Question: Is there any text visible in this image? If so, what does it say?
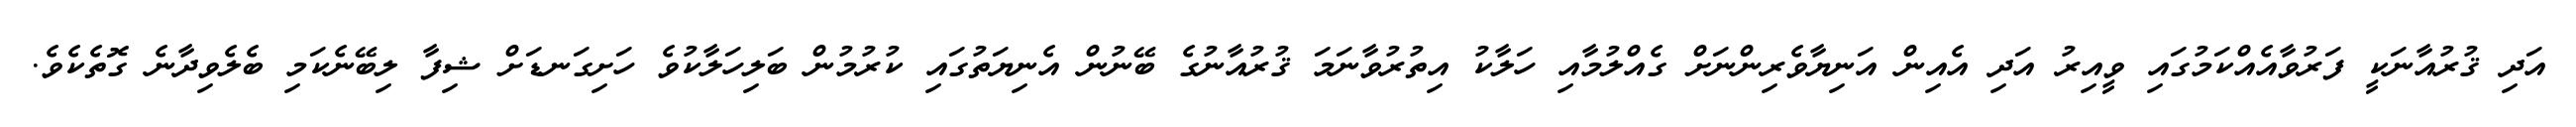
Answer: އަދި ޤުރުއާނަކީ ފަރުވާއެއްކަމުގައި ވީއިރު އަދި އެއިން އަނިޔާވެރިންނަށް ގެއްލުމާއި ހަލާކު އިތުރުވާނަމަ ޤުރުއާނުގެ ބޭނުން އެނިޔަތުގައި ކުރުމުން ބަލިހަލާކުވެ ހަށިގަނޑަށް ޝިފާ ލިބޭނެކަމި ބެލެވިދާނެ ގޮތެކެވެ.